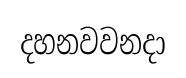
දහනවවනදා